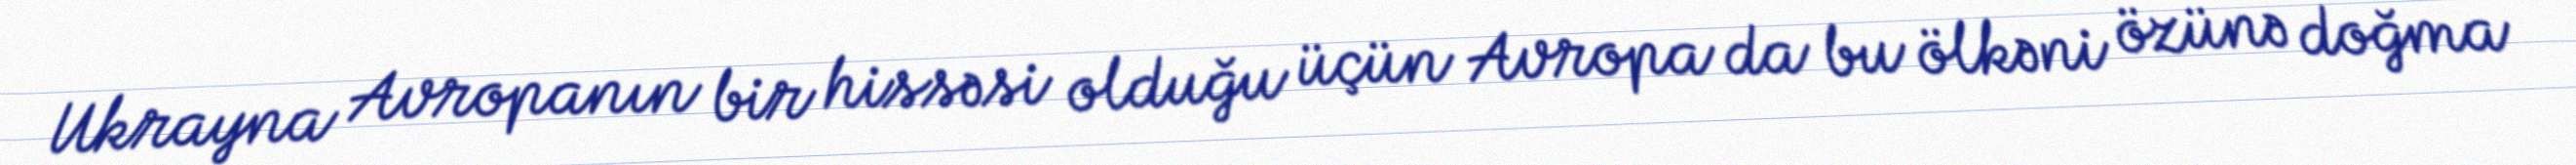
Ukrayna Avropanın bir hissəsi olduğu üçün Avropa da bu ölkəni özünə doğma